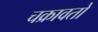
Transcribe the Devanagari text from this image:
चक्रावतो